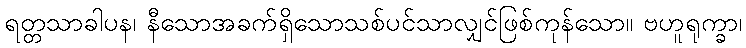
ရတ္တသာခါပန၊ နီသောအခက်ရှိသောသစ်ပင်သာလျှင်ဖြစ်ကုန်သော။ ဗဟူရုက္ခာ၊